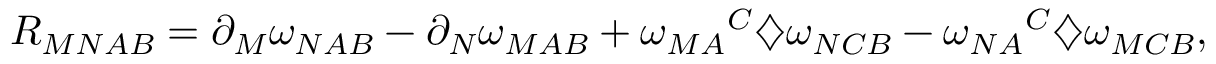
R _ { M N A B } = \partial _ { M } \omega _ { N A B } - \partial _ { N } \omega _ { M A B } + { \omega _ { M A } } ^ { C } \diamondsuit \omega _ { N C B } - { \omega _ { N A } } ^ { C } \diamondsuit \omega _ { M C B } ,